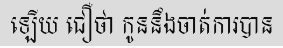
ឡើយ ជឿថា កូននឹងចាត់ការបាន